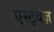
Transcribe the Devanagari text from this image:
एस्ट्वेज़